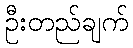
ဦးတည်ချက်